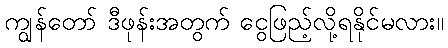
ကျွန်တော် ဒီဖုန်းအတွက် ငွေဖြည့်လို့ရနိုင်မလား။